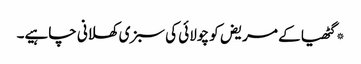
*گٹھیا کے مریض کو چولائی کی سبزی کھلانی چاہیے۔